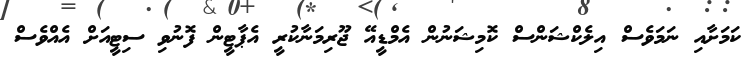
ކަމަށާއި ނަމަވެސް އިލެކްޝަންސް ކޮމިޝަނުން އެމްޑީއޭ ޖޫރިމަނާކުރީ އެޕާޓީން ފޮނުވި ސިޓީއަށް އެއްވެސް